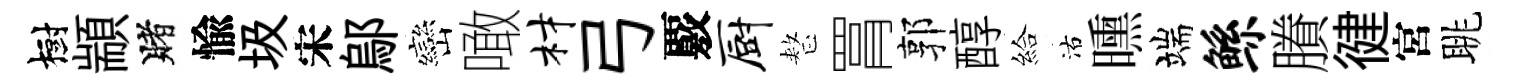
樹顓賭愉圾宋鄔巒噉材弓覈厨整罥郭醇給沽曛端鲧賸徤宮眺